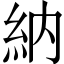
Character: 納